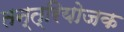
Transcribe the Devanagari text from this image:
तन्त्रियोजक